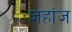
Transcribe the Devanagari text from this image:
जहांज